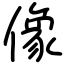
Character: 像